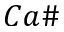
C a \#